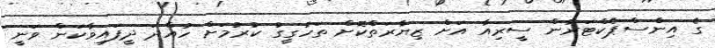
ގެ އިންސްޕެކްޓަރުން ސީރިއާ އަށް ޒިޔާރަތްކޮށް ތަހުގީގު ކުރުމަށް ހުއްދަ ދީފައިވާކަން ވަނީ